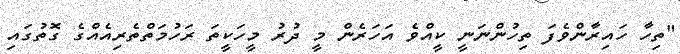
"ތިހާ ހައިރާންވެފަ ތިހުންނަނީ ކީއްވެ އަހަރެން މީ ދުރު މީހަކީތަ ރަހުމަތްތެރިއެއްގެ ގޮތުގައި